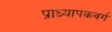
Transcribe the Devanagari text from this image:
प्राध्यापकवर्ग